Report on the working of the Ranchi Indian Mental Hospital, Kanke, in Bihar and Orissa - 1930-1940
Year: 1930
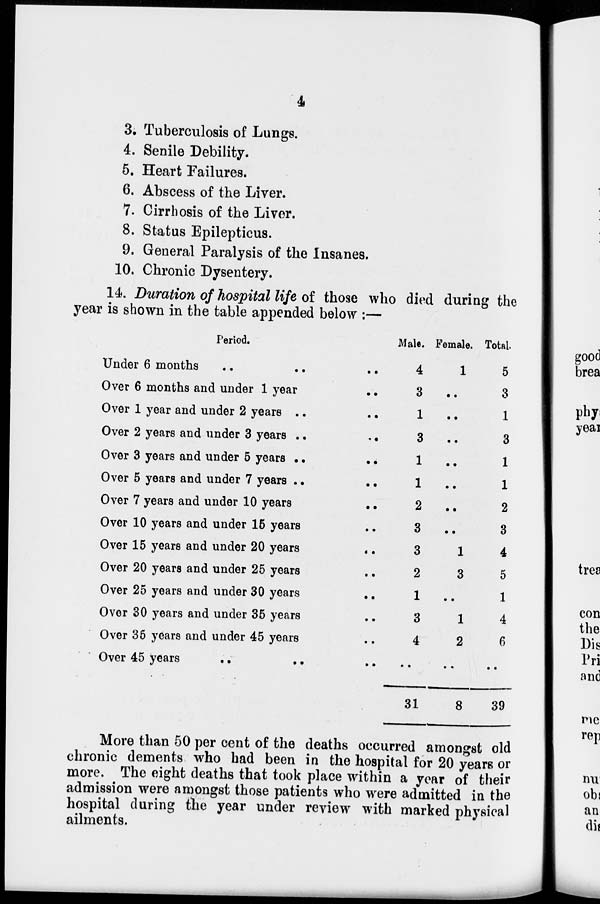
4
3. Tuberculosis of Lungs.
4. Senile Debility.
5. Heart Failures.
6. Abscess of the Liver.
7. Cirrhosis of the Liver.
8. Status Epilepticus.
9. General Paralysis of the Insanes.
10. Chronic Dysentery.
14. Duration of hospital life of those who died during the
year is shown in the table appended below :—
Period.
Under 6 months .. .. ..
Over 6 months and under 1 year ..
Over 1 year and under 2 years .. ..
Over 2 years and under 3 years ..
..
Over 3 years and under 5 years .. ..
Over 5 years and under 7 years .. ..
Over 7 years and under 10 years ..
Over 10 years and under 15 years ..
Over 15 years and under 20 years
..
Over 20 years and under 25 years ..
Over 25 years and under 30 years ..
Over 30 years and under 35 years ..
Over 35 years and under 45 years ..
Over 45 years
.. .. ..
Male.
4
3
1
3
1
1
2
3
3
2
1
3
4
..
31
Female.
1
..
..
..
..
..
..
..
1
3
..
1
2
..
8
Total.
5
3
1
3
1
1
2
3
4
5
1
4
6
..
39
More than 50 per cent of the deaths occurred amongst old
chronic dements who had been in the hospital for 20 years or
more. The eight deaths that took place within a year of their
admission were amongst those patients who were admitted in the
hospital during the year under review with marked physical
ailments.